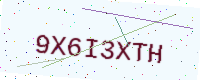
Text: 9X6I3XTH